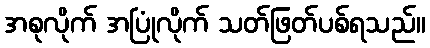
အစုလိုက် အပြုံလိုက် သတ်ဖြတ်ပစ်ရသည်။